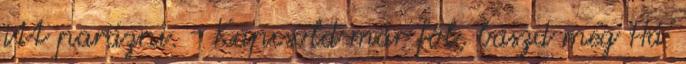
itt parázni. - Kapcsold már föl, baszd meg Há'